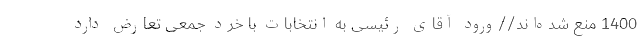
1400 منع شده‌اند//ورود آقای رئیسی به انتخابات با خرد جمعی تعارض دارد